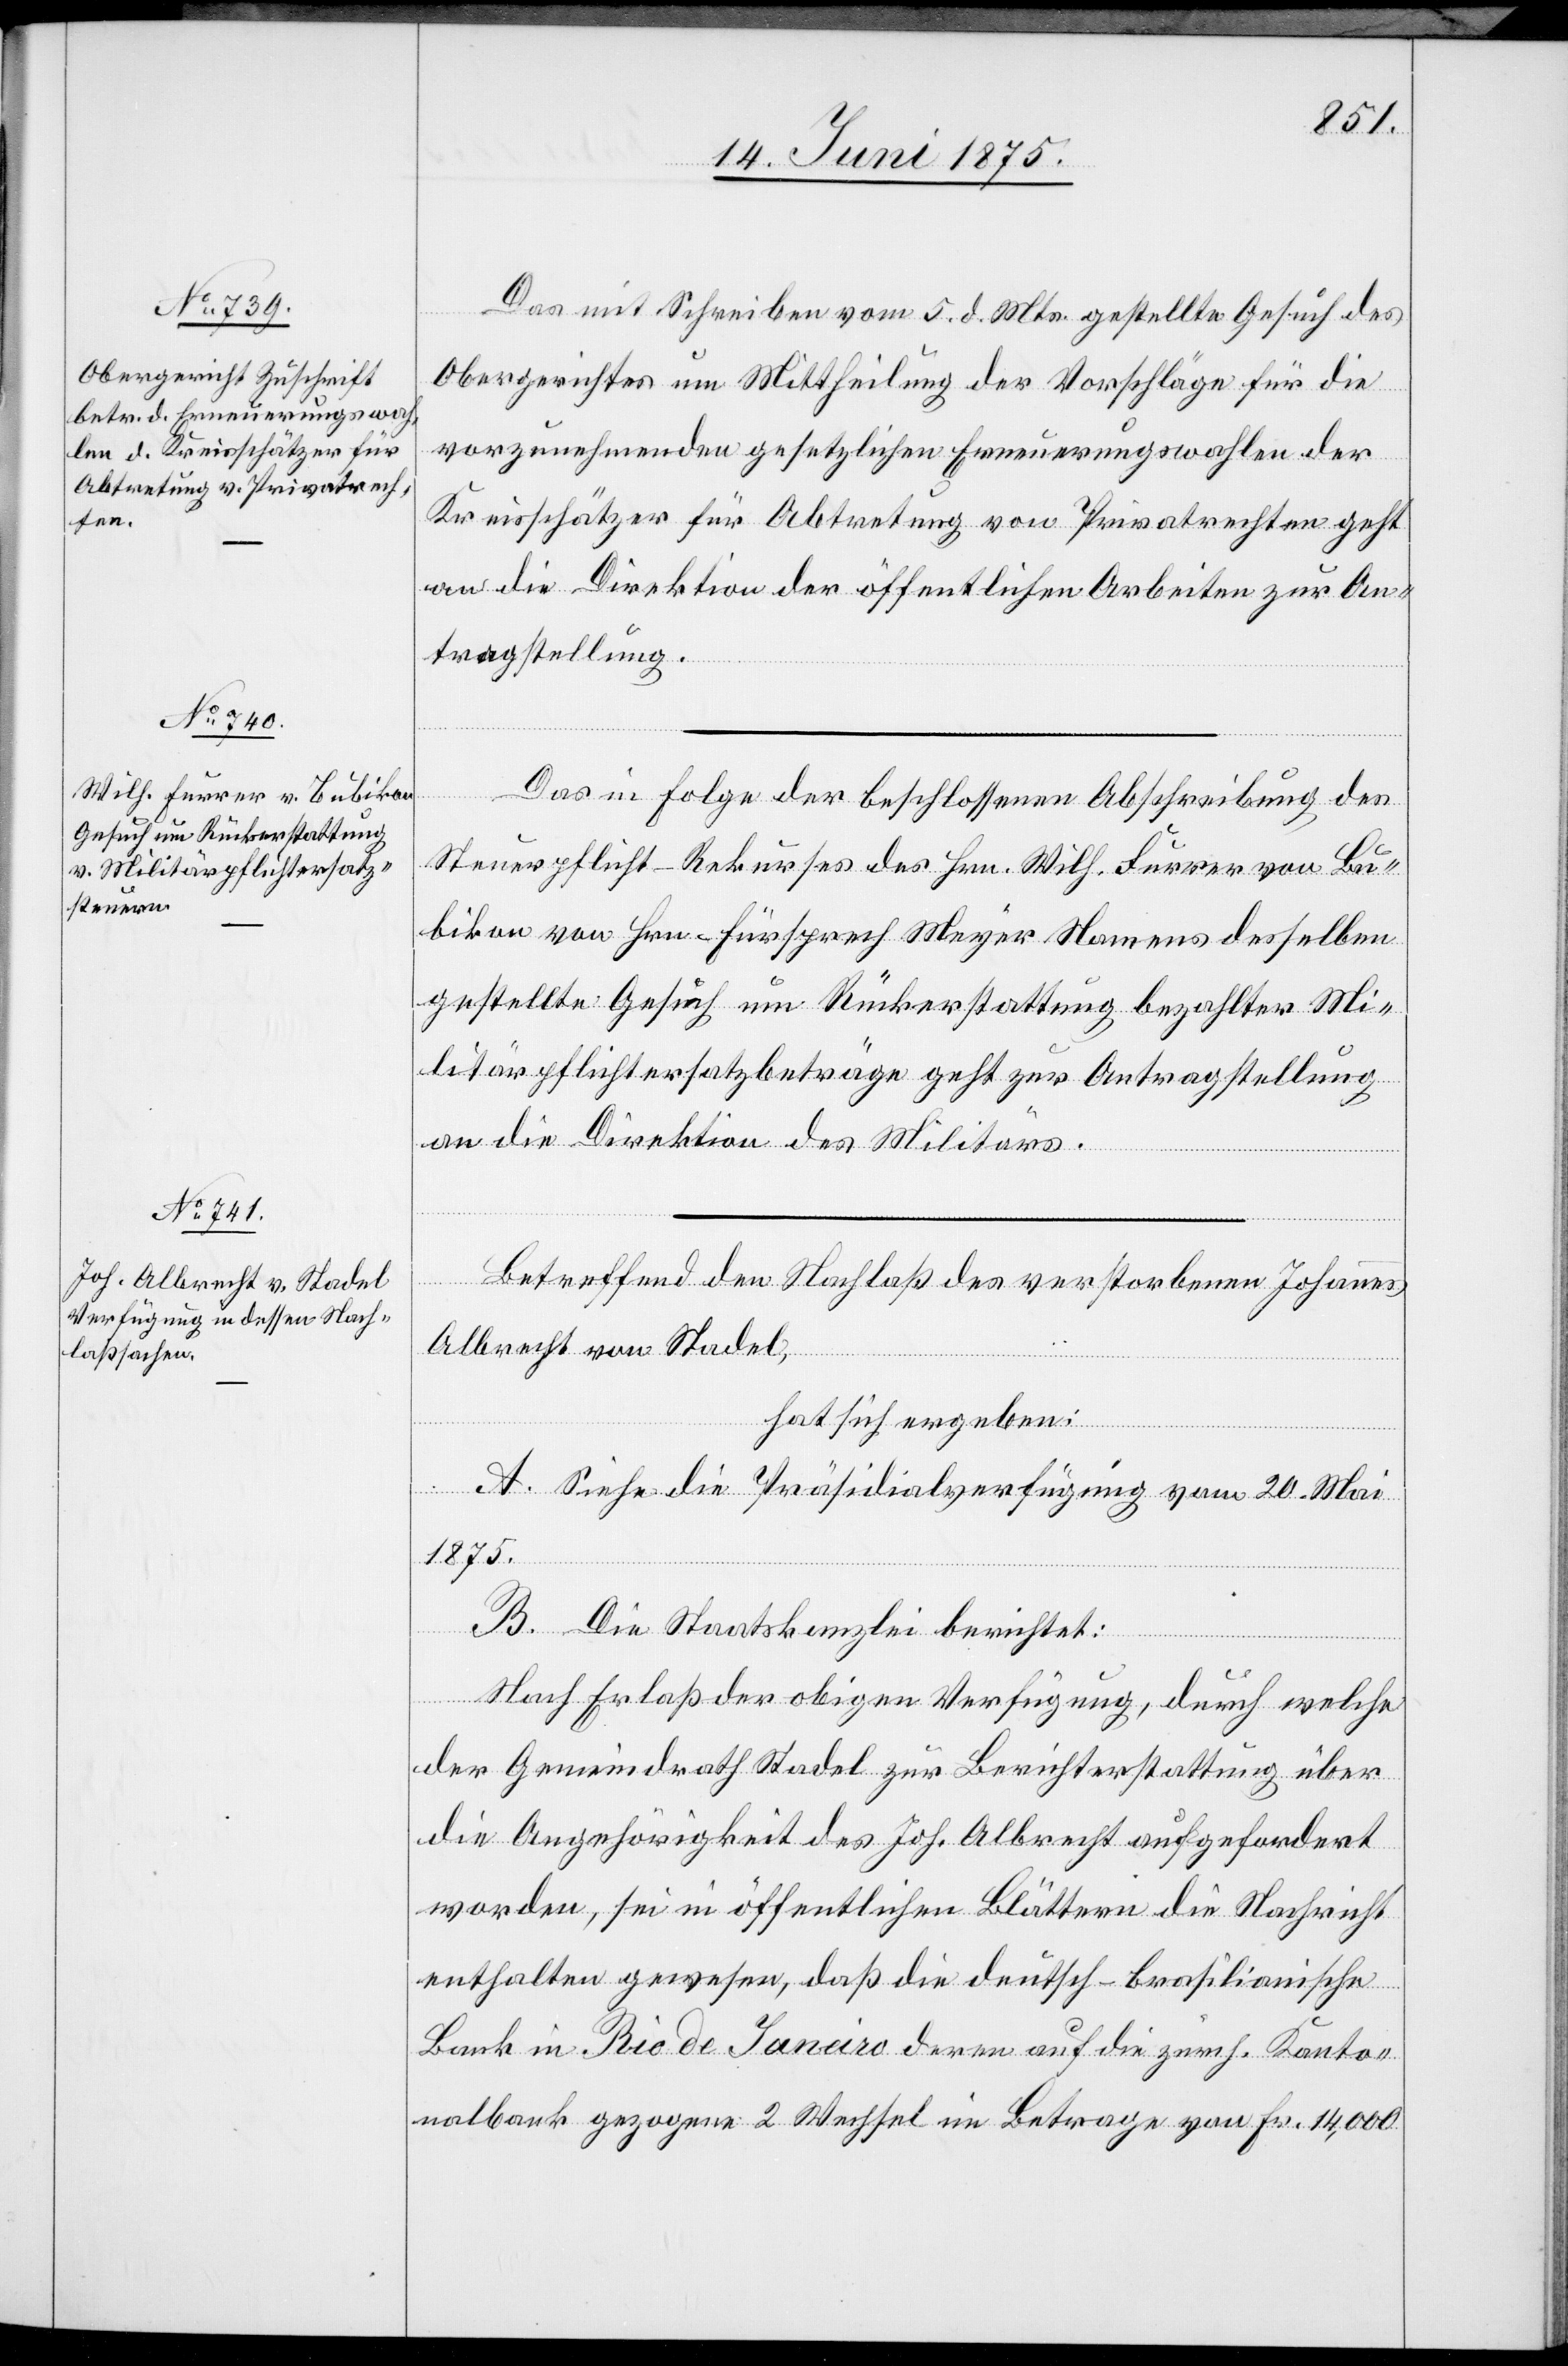
18. Juni 1875.]
Das mit Schreiben vom 5. d. Mts. gestellte Gesuch des
Obergerichtes um Mittheilung der Vorschläge für die
vorzunehmenden gesetzlichen Erneuerungswahlen der
Kreisschätzer für Abtretung von Privatrechten geht
an die Direktion der öffentlichen Arbeiten zur An¬
tragstellung.
Das in Folge der beschlossenen Abschreibung des
Steuerpflicht-Rekurses des Hrn. Wilh. Furrer von Bu¬
bikon von Hrn. Fürsprech Meyer Namens desselben
gestellte Gesuch um Rückerstattung bezahlter Mi¬
litärpflichtersatzbeträge geht zur Antragstellung
an die Direktion des Militärs.
Betreffend den Nachlaß des verstorbenen Johannes
Albrecht von Stadel,
hat sich ergeben:
A. Siehe die Präsidialverfügung vom 20. Mai
1875.
B. Die Staatskanzlei berichtet:
Nach Erlaß der obigen Verfügung, durch welche
der Gemeindrath Stadel zur Berichterstattung über
die Angehörigkeit des Joh. Albrecht aufgefordert
worden, sei in öffentlichen Blättern die Nachricht
enthalten gewesen, daß die deutsch-brasilianische
Bank in Rio de Janeiro deren auf die zürch. Kanto¬
nalbank gezogene 2 Wechsel im Betrage von Fr. 14,000